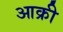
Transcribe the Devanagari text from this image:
आक्री